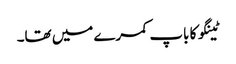
ٹینگو کا باپ کمرے میں تھا۔